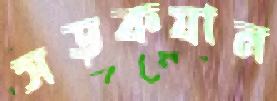
সড়কযান